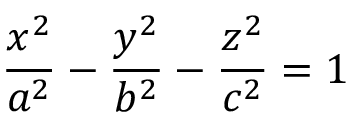
{ \frac { x ^ { 2 } } { a ^ { 2 } } } - { \frac { y ^ { 2 } } { b ^ { 2 } } } - { \frac { z ^ { 2 } } { c ^ { 2 } } } = 1